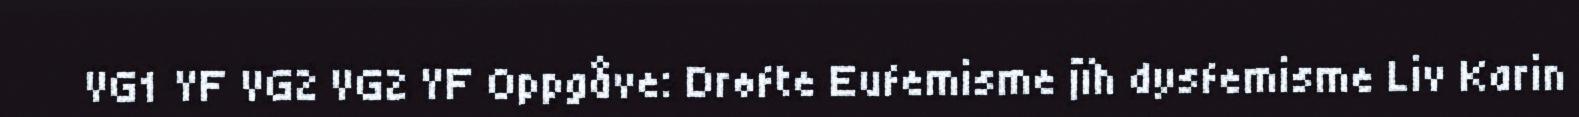
VG1 YF VG2 VG2 YF Oppgåve: Drøfte Eufemisme jïh dysfemisme Liv Karin